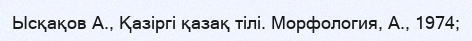
Ысқақов А., Қазіргі қазақ тілі. Морфология, А., 1974;